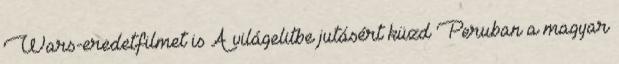
Wars-eredetfilmet is A világelitbe jutásért küzd Peruban a magyar